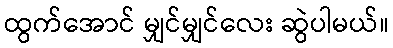
ထွက်အောင် မျှင်မျှင်လေး ဆွဲပါမယ်။